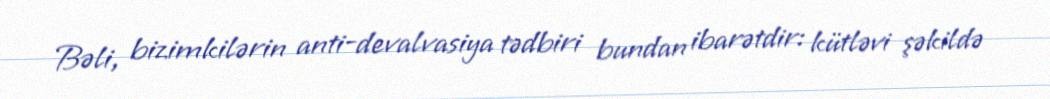
Bəli, bizimkilərin anti-devalvasiya tədbiri bundan ibarətdir: kütləvi şəkildə